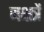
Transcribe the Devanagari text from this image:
नक्षत्रें